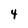
Character: 4